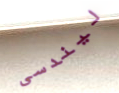
ليندسى